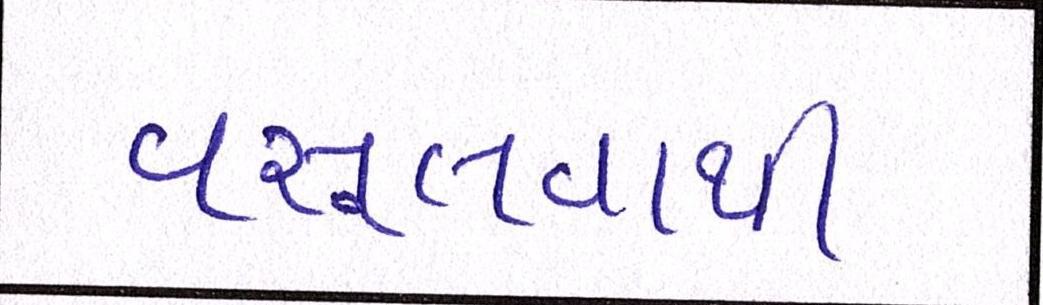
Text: વસૂલવાની